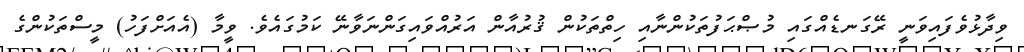
ވިދާޅުވެފައިވަނީ ރޭގަނޑެއްގައި މުޞްޙަފުތަކުންނާއި ހިތްތަކުން ޤުރުއާން އަރުއްވައިގަންނަވާނޭ ކަމުގައެވެ. ވީމާ (އެއަށްފަހު) މީސްތަކުންގެ